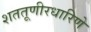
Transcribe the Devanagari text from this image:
शततूणीरधारिणे